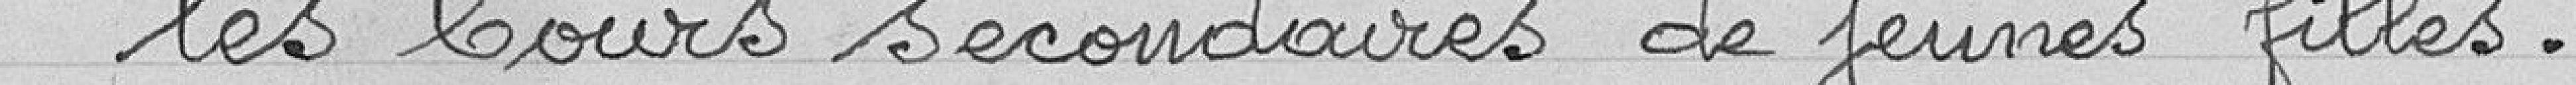
les Cours secondaires de jeunes filles.